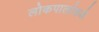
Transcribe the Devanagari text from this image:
लोकपालांकडे